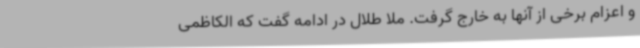
و اعزام برخی از آنها به خارج گرفت. ملا طلال در ادامه گفت که الکاظمی